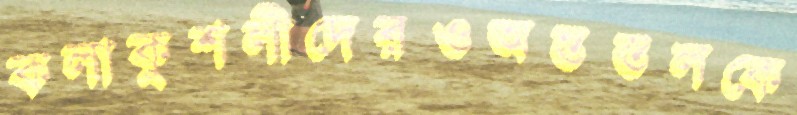
কলাকুশলীদেরওঅন্তস্তলকে